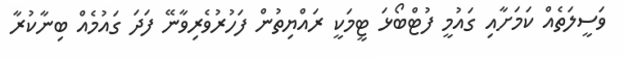
ވަސީލަތެއް ކަމަށާއި ގައުމީ ފުޓްބޯޅަ ޓީމަކީ ރައްޔިތުން ފަހުރުވެރިވާނޭ ފަދަ ގައުމެއް ބިނާކުރާ